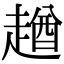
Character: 趥